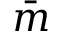
\bar { m }